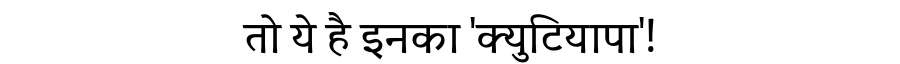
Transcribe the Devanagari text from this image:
तो ये है इनका 'क्युटियापा'!